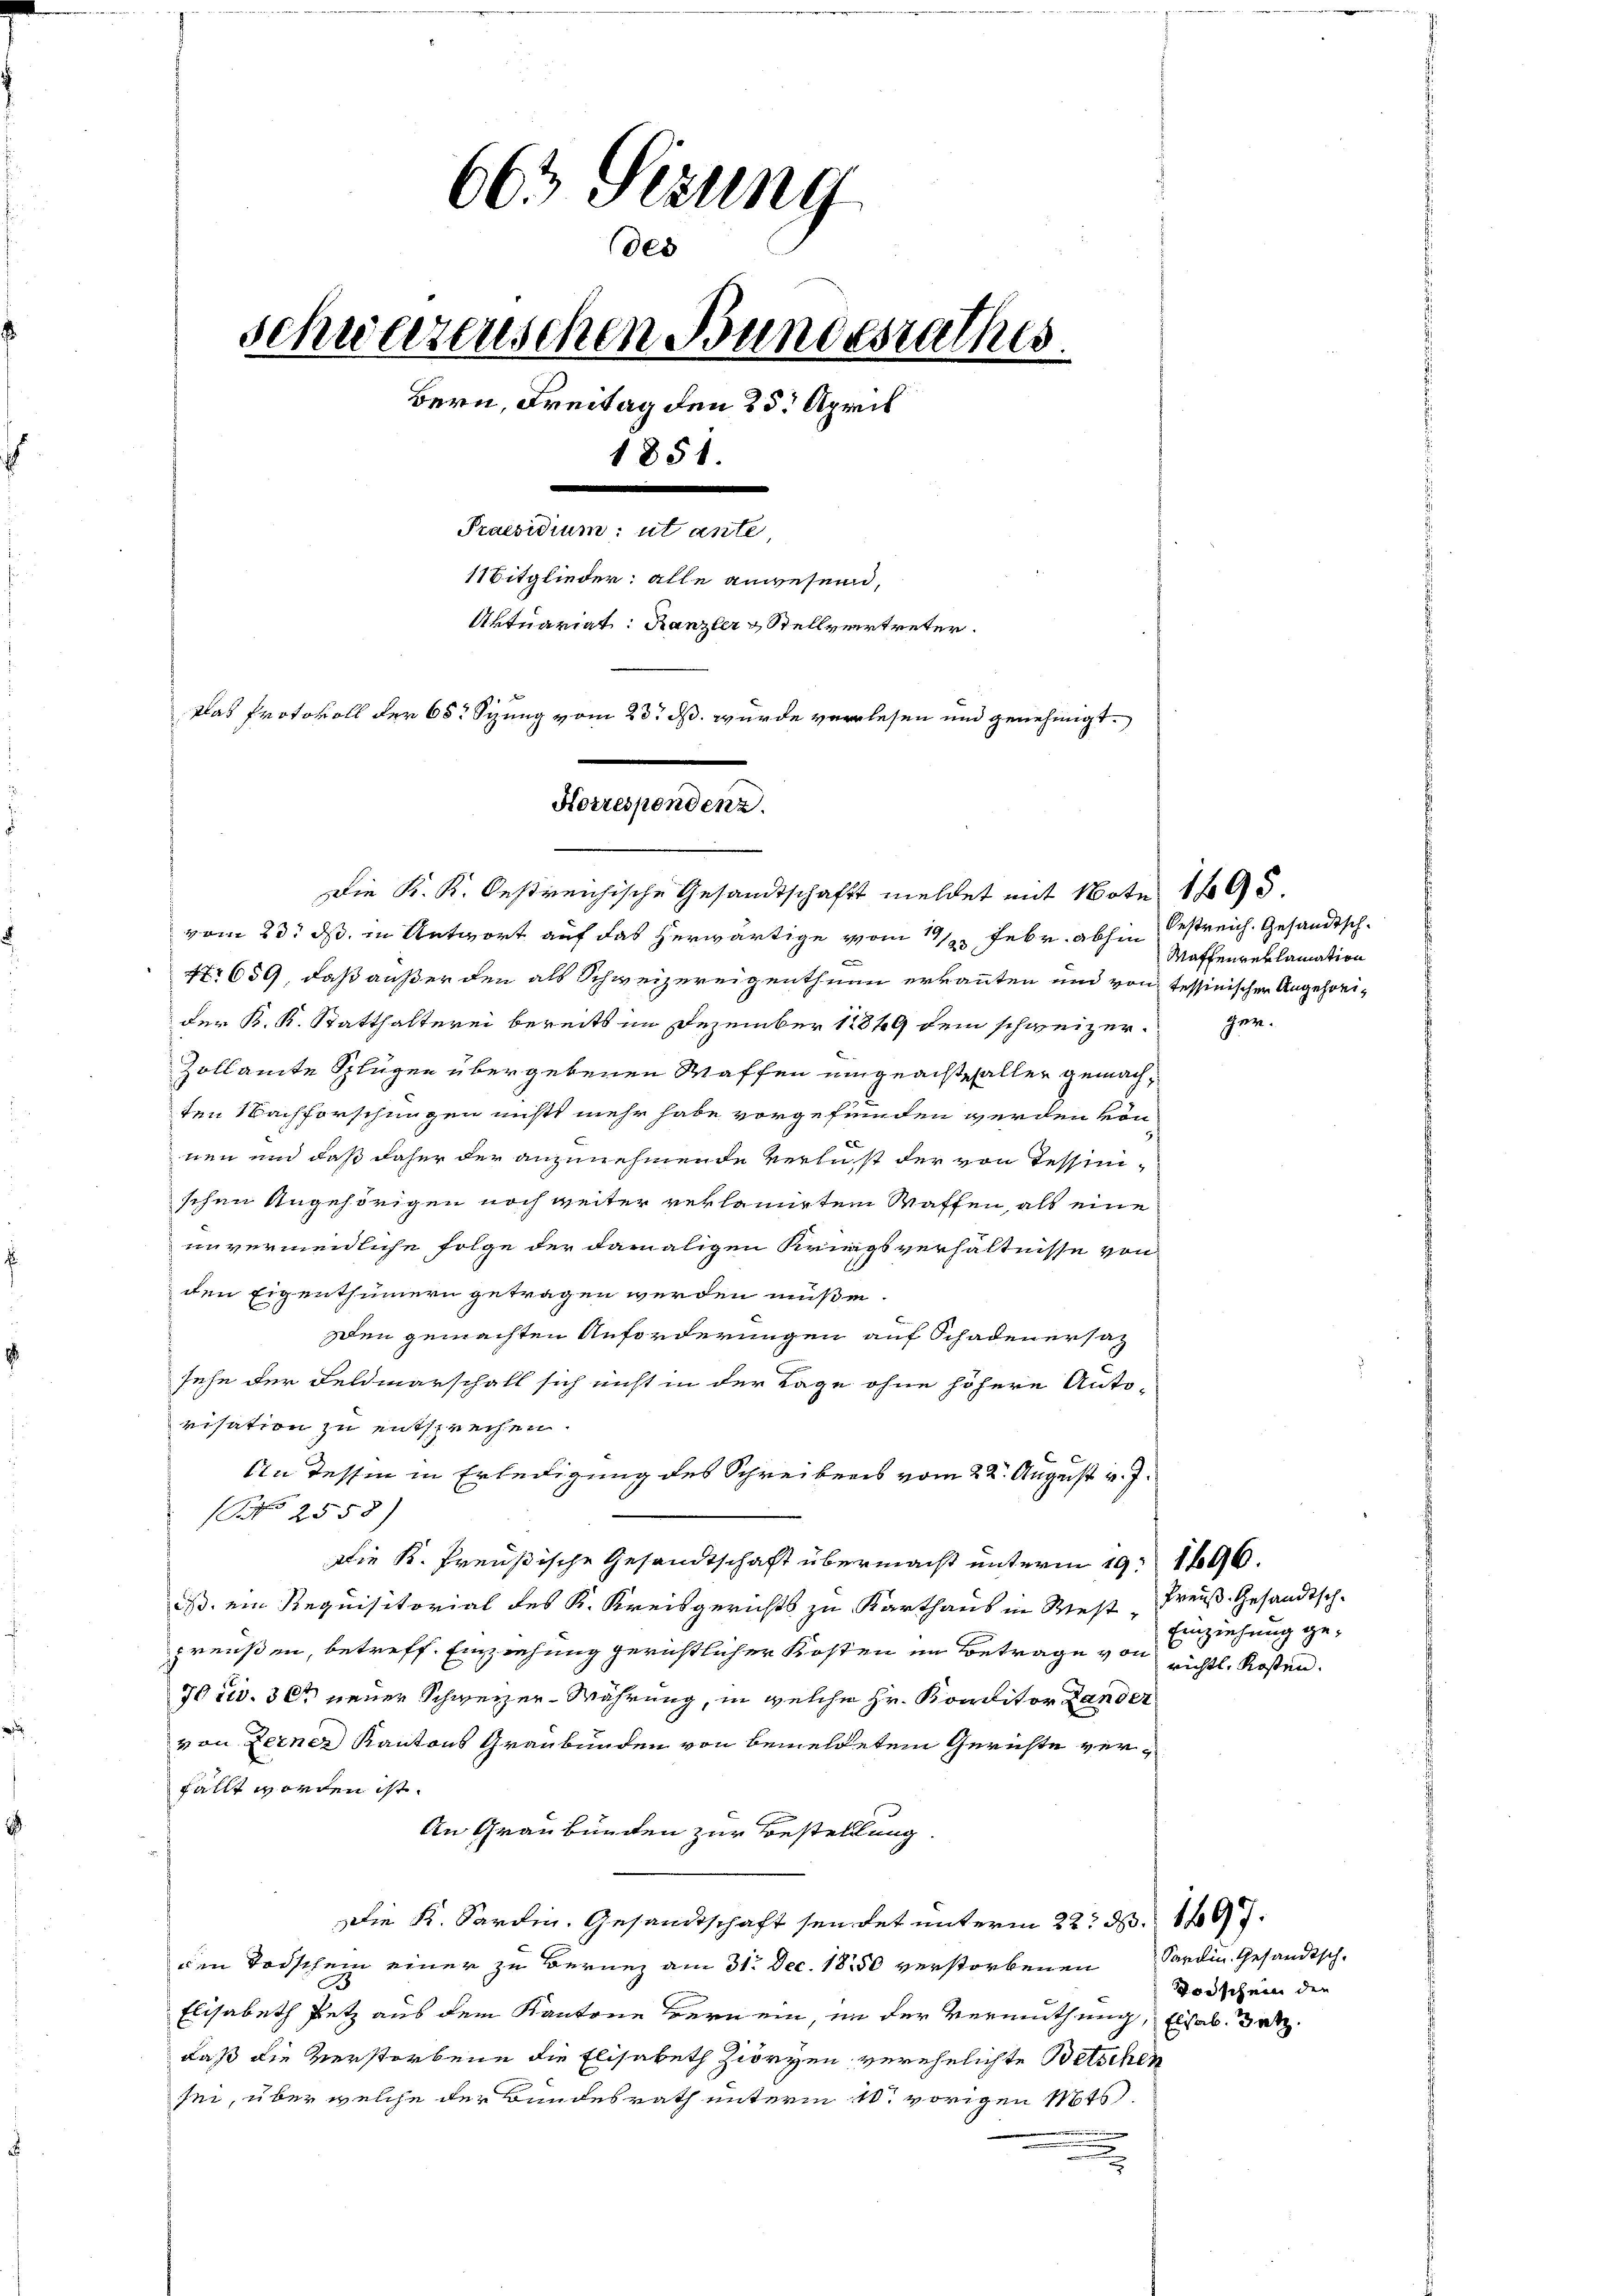
663 Sizung
des
schweizenschen Bundesrathes.
Bern, Freitag den 25. April
1851.
Praesidium: utante,
1itglieder: alle anwesend,
Aktuariat: Ranzler & Stellvertreter.
. de
Plas Protokoll der 682 Spung vom 23. ds. wurde verlesen und genehmigt.

Korrespondenz.

vom 23. ds. in Antwort auf das herwärtige vom 11/2. Febr. abhin bestreich. Gesandtsch¬
Nr 659, daß außer den als Schweizereigenthum erkannten und von tessinischen Angehörider K. K. Statthalterei bereits im Dezember 1849 dem schweizer¬
Zollamte Splügen übergebenen Waffen eingeachtsfaller gemachten Nachforschungen nichts mehr habe vorgefunden werden kön
nen und daß daher der anzunehmende Verlust der von Tessinischen Angehörigen noch weiter reklamirten Waffen, als eine
unvermeidliche Folge der damaligen Kriegsverhältnisse von
den Eigenthümern getragen werden müße.
sen gemachten Anforderungen auf Schadenersaz
sehe der Feldmarschall sich nicht in der Tage ohne höhere Anto-
risation zu entsprechen.
An dessen in Erledigung des Schreibens vom 22. August v. J.
No 2558)
Die K. Preußische Gesandtschaft übermacht unterm 19. 1696.
B. ein Requisitorial des K. Kreisgerichts zu Karthaus in West "Preuß. Gesandtsch-
preußen, betreff. Einziehung gerichtlicher Kosten im Betrage von richts, Kosten.
70 civ. 30t neuer Schweizer-Währung, in welche Hr. Konditor Lander
von Ferner Kantons Graubünden von bemeldetem Gerichte verfällt worden ist.
An Graubünden zur Bestellung
die K. Sardin. Gesandtschaft sendet unterm 22. d. 1497.
den Todschein einer zu Bernez am 31. Dec. 1850 verstorbenen Sardin. Gesandtsch-
Elisabeth setz aus dem Kantone Bern ein, in der Vermuthung, Elsab. Bet
daß die Verstorbene die Elisabeth Zioryen verehelichte Betschen
sei, über welche der Bundesrath unterm 10. vorigen Mts.
n

Die K. K. Oestreichische Gesandtschaft meldet mit Note 1895.

Maffenreklamation

Einziehung ge¬

Todschein den

gen.